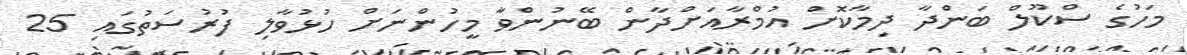
މަހުގެ ސްކޫލް ބަންދާ ދިމާކޮށް އުމްރާއަށްދާން ބޭނުންވާ މީހުންނަށް ހުޅުވާލި ފުރުސަތުގައި 25